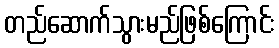
တည်ဆောက်သွားမည်ဖြစ်ကြောင်း